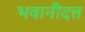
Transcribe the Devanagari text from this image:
भवानीदत्त